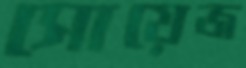
সোয়েজ